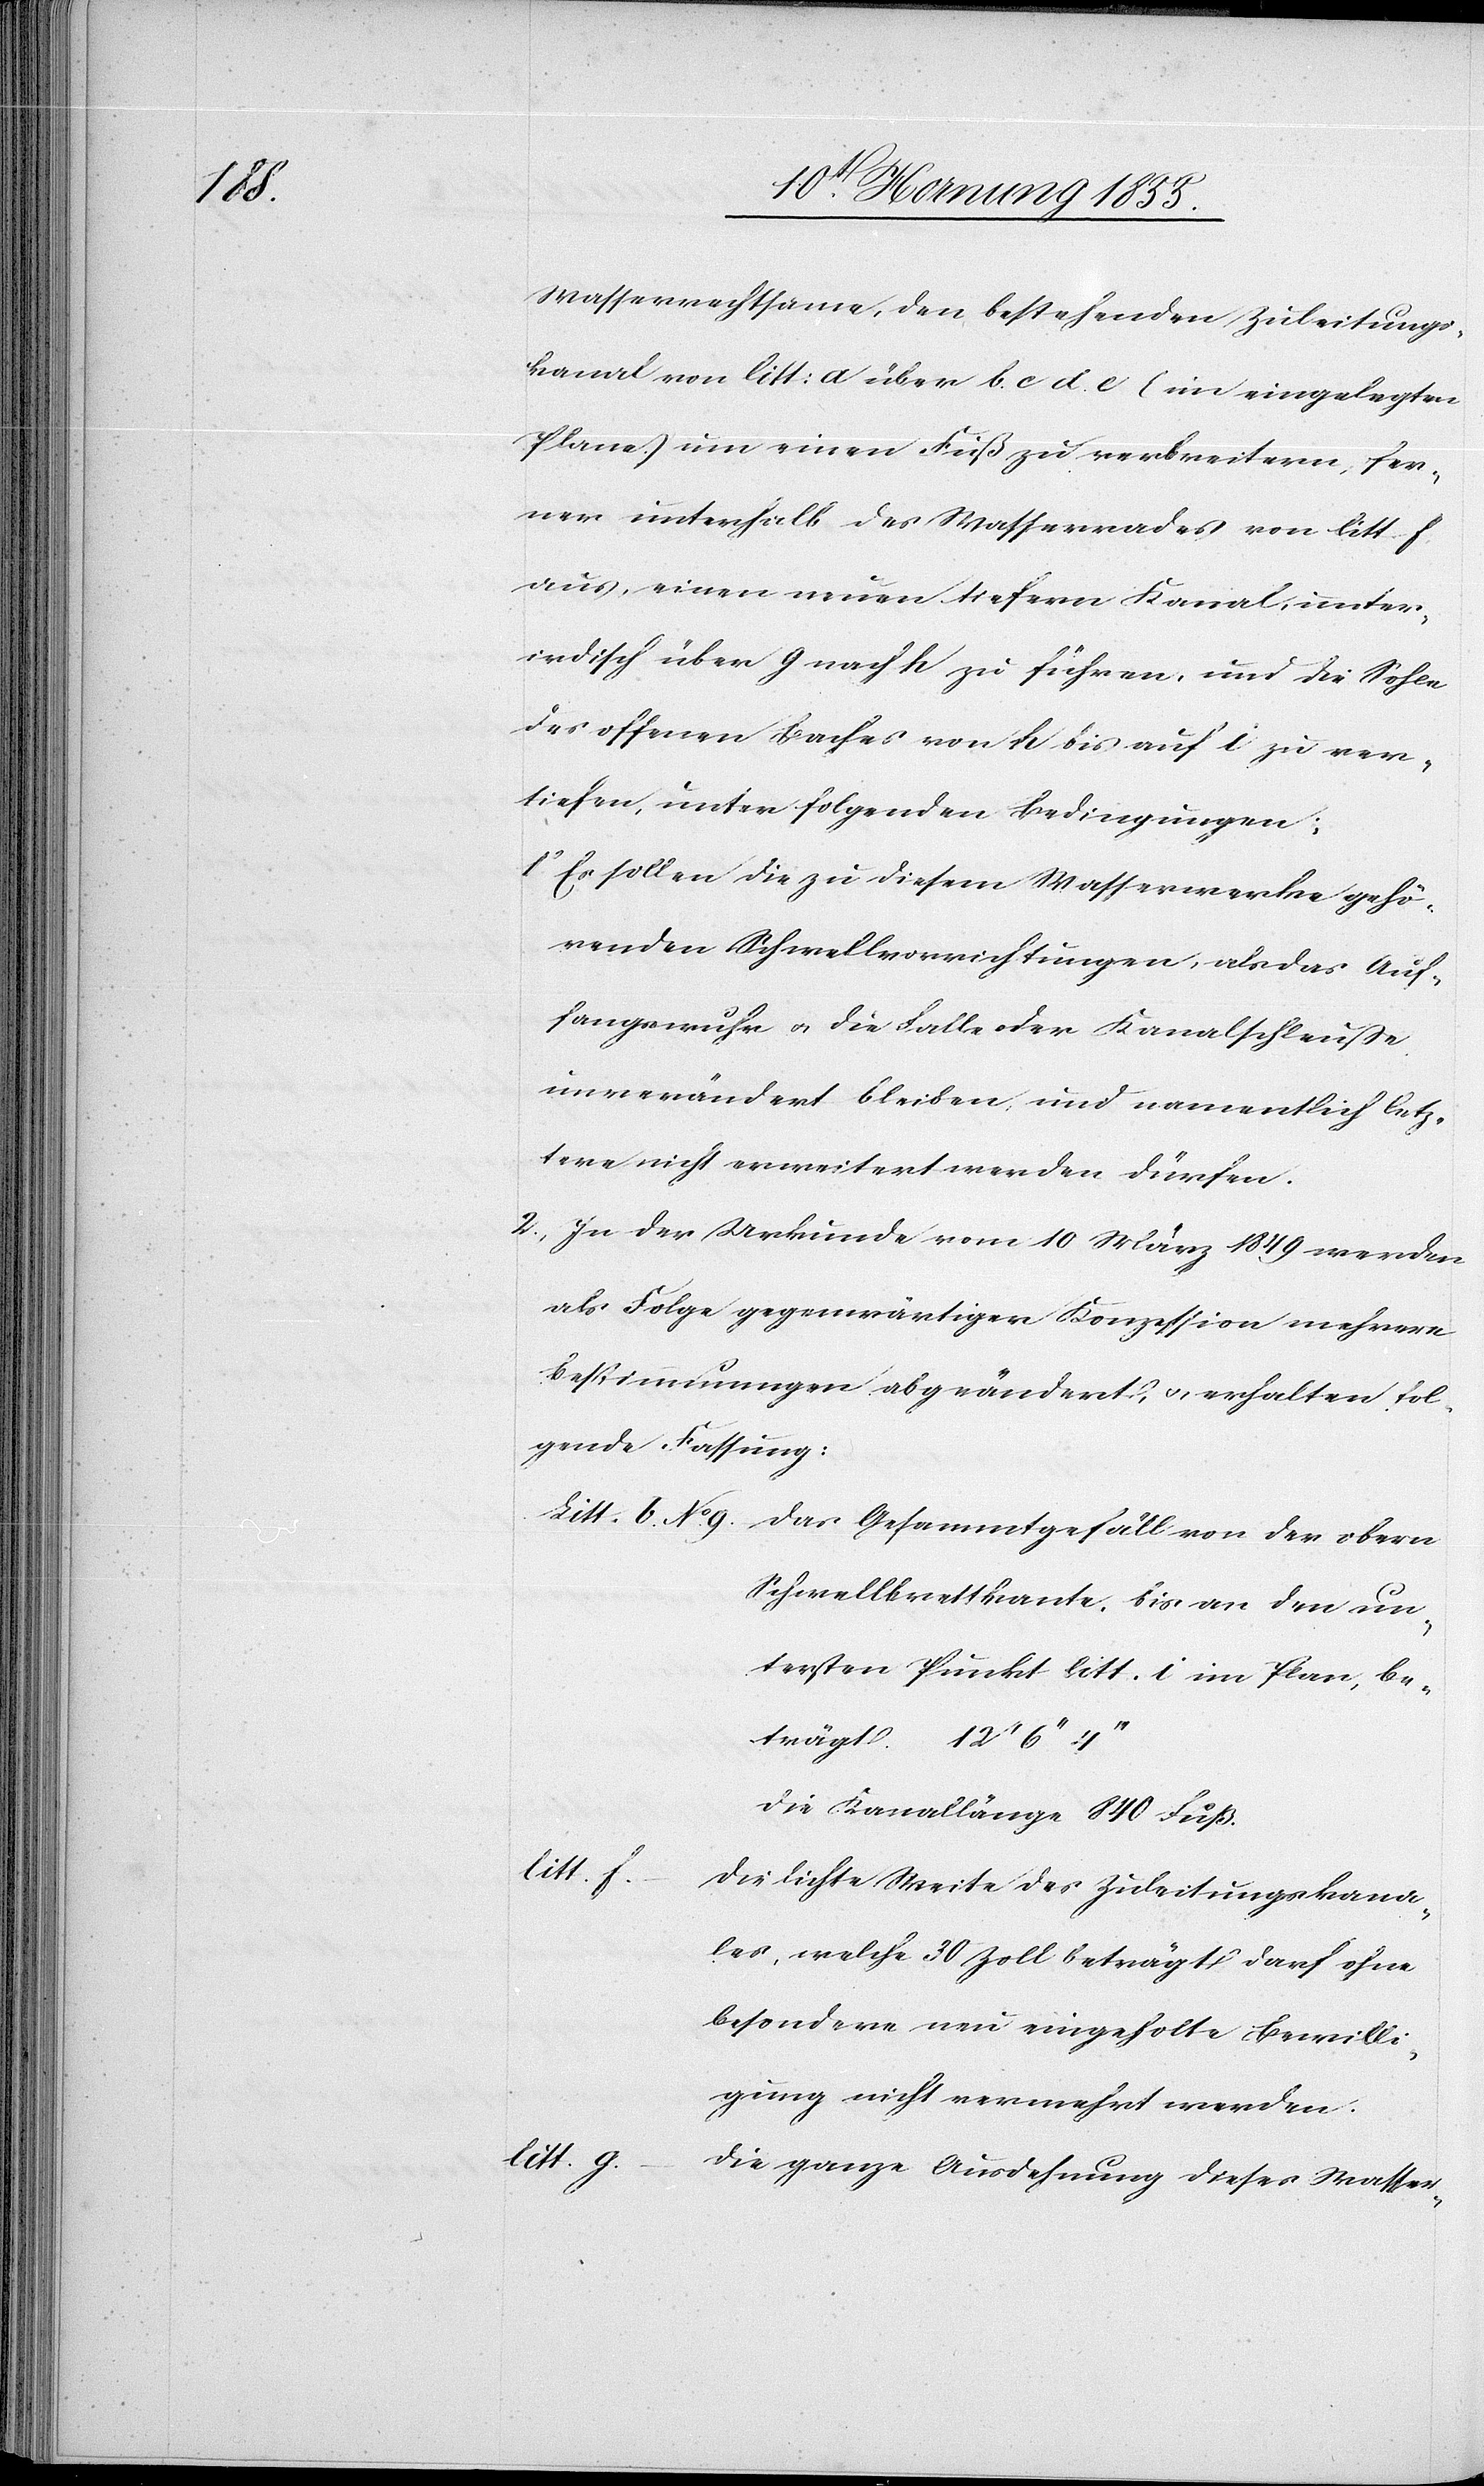
der

Wasserrechtsame, den bestehenden Zuleitungs¬
kanal von litt: a über b. c d. e (im eingelegten
Plane) um einen Fuß zu verbreitern, fer¬
ner unterhalb des Wasserrades von litt. f.
aus, einen neuen tiefern Kanal, unter¬
irdisch über g nach h zu führen, und die Sohle
des offenen Baches von h bis auf i zu ver¬
tiefen, unter folgenden Bedingungen:
Es sollen die zu diesem Wasserwerke gehö¬
renden Schwellvorrichtungen, als das Auf¬
fangswuhr & die Falle oder Kanalschleuße
unverändert bleiben, und namentlich letz¬
tere nicht erweitert werden dürfen.
In der Urkunde vom 10 März 1849 werden
als Folge gegenwärtiger Konzession mehrere
Bestimmungen abgeändert, & erhalten fol¬
gende Fassung:
Schwellbrettkante, bis an den un¬
tersten Punkt litt. i im Plan, be¬
trägt. 12‘ 6‘‘
Die Kanallänge 840 Fuß.
litt. f.
Die lichte Weite des Zuleitungskana¬
les, welche 30 Zoll beträgt darf ohne
besondere neu eingeholte Bewilli¬
gung nicht vermehrt werden.
litt. g.
Die ganze Ausdehnung dieses Wasser-